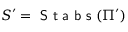
S ^ { \prime } = \textsf { S t a b s } ( \Pi ^ { \prime } )